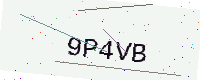
Text: 9P4VB